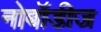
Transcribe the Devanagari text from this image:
नोबॉडीज